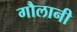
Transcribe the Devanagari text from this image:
गौलानी